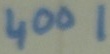
Text: 4001